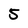
Character: 5